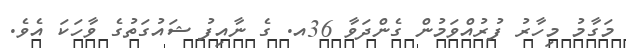
މަގާމު މިހާރު ފުރުއްވަމުން ގެންދަވާ 36އ. ގެ ނާއިފު ޝައުގަތުގެ ވާހަކަ އެވެ.